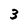
Character: 3